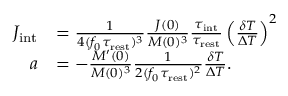
\begin{array} { r l } { J _ { \mathrm { i n t } } } & { = \frac { 1 } { 4 ( f _ { 0 } \tau _ { \mathrm { r e s t } } ) ^ { 3 } } \frac { J ( 0 ) } { M ( 0 ) ^ { 3 } } \frac { \tau _ { \mathrm { i n t } } } { \tau _ { \mathrm { r e s t } } } \left( \frac { \delta T } { \Delta T } \right) ^ { 2 } } \\ { a } & { = - \frac { M ^ { \prime } ( 0 ) } { M ( 0 ) ^ { 3 } } \frac { 1 } { 2 ( f _ { 0 } \tau _ { \mathrm { r e s t } } ) ^ { 2 } } \frac { \delta T } { \Delta T } . } \end{array}